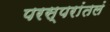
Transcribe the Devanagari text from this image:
परस्परांतलं